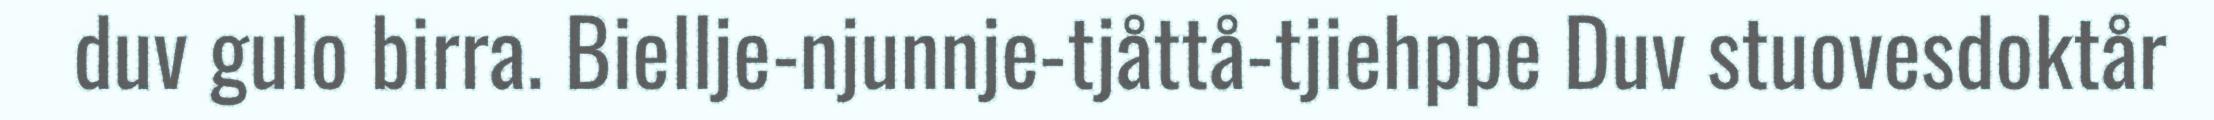
duv gulo birra. Biellje-njunnje-tjåttå-tjiehppe Duv stuovesdoktår